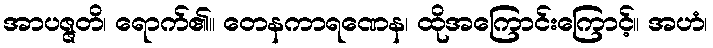
အာပဇ္ဇတိ၊ ရောက်၏။ တေနကာရဏေန၊ ထိုအကြောင်းကြောင့်။ အဟံ၊